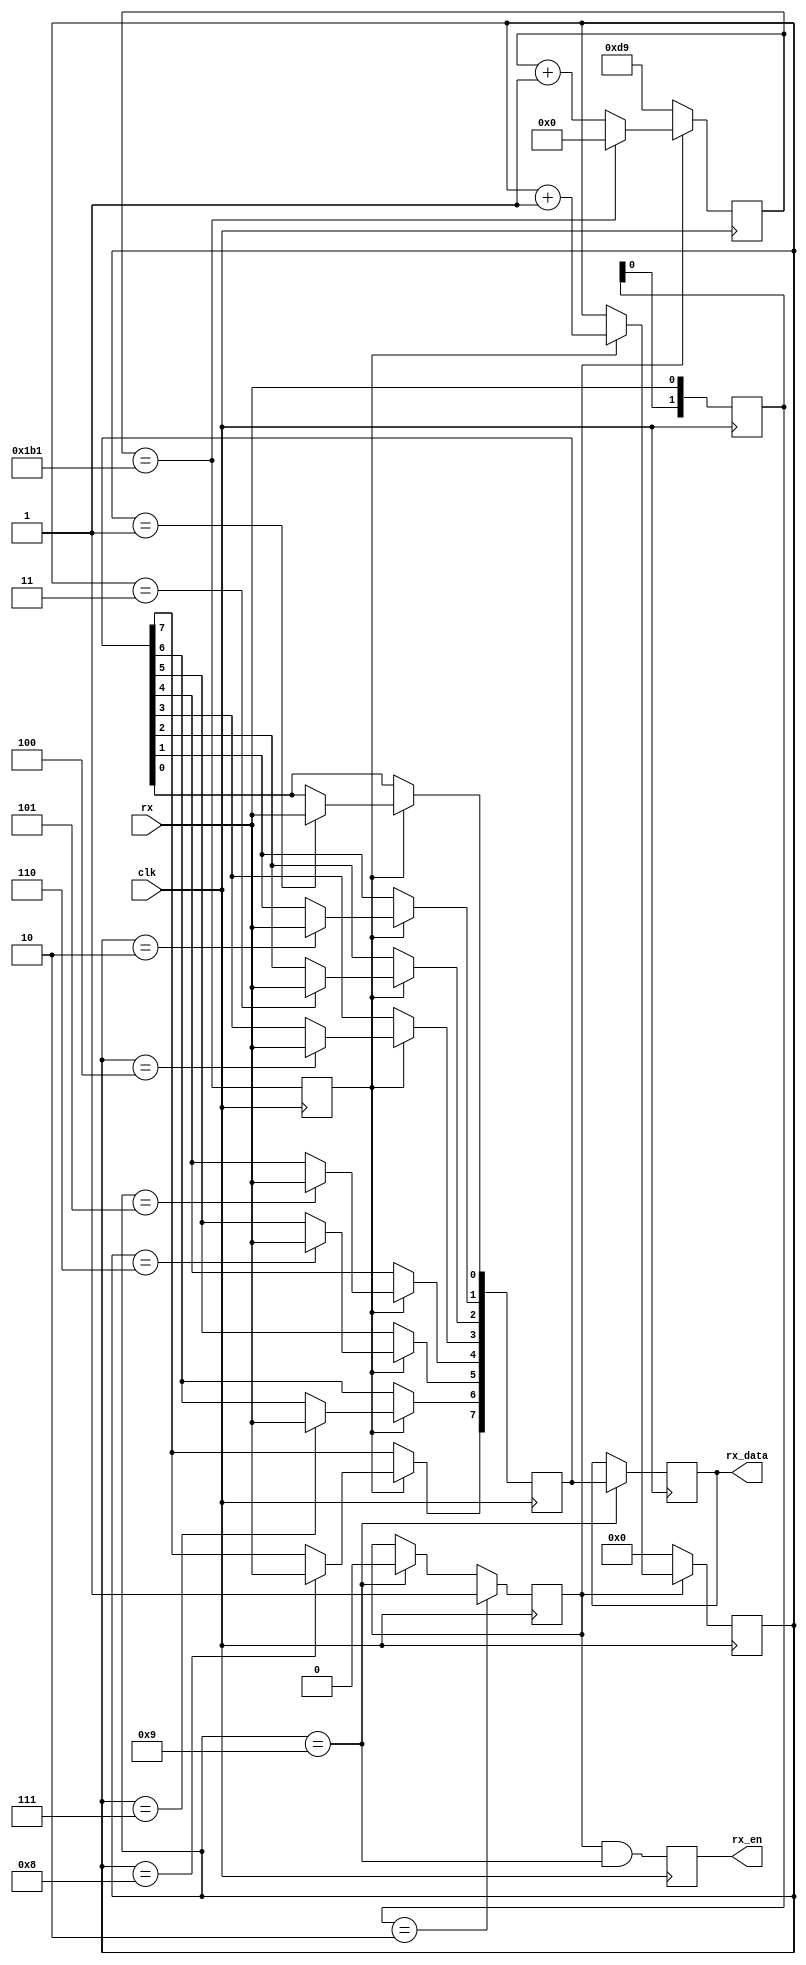
/*************************************************************************
* 
* 2019/06/10
* uart_rx.v 1bit,8bit,2bit.
* xqandwn@sina.com
**************************************************************************/

module uart_rx
#(
	parameter BAUDRATE = 115200,
	parameter CLK_RATE = 50000000
)
(
    input	wire		clk,
	
	// uart
    input	wire		rx,
	
	// data
    output  reg			rx_en,
    output  reg [7:0]	rx_data
);

reg start;
reg clk_en;
reg [3:0] cnt;
reg [7:0] data;
reg [1:0] rx_d;
reg [31:0] clk_cnt;

// 
always@(posedge clk)
begin
    rx_d <= {rx_d[0],rx};
end

// 
always@(posedge clk)
begin
    if(rx_d == 2'b10) // 
        start <= 1;
    else if(cnt == 9) // 
        start <= 0;
end

// 
always@(posedge clk)
begin
	if(!start)
		clk_cnt <= (CLK_RATE / (BAUDRATE*2)); // 
	else if(clk_cnt == CLK_RATE / BAUDRATE - 1)
		clk_cnt <= 0;
	else
		clk_cnt <= clk_cnt + 1;
end

// 
always@(posedge clk)
begin
	clk_en <= (clk_cnt == CLK_RATE / BAUDRATE - 1);
end

// 
always@(posedge clk)
begin
	if(!start)
        cnt <= 0;
	else if(clk_en)
        cnt <= cnt + 1;
end

// 
always@(posedge clk)
if(clk_en)
begin
    case(cnt)
        1: data[0] <= rx;
        2: data[1] <= rx;
        3: data[2] <= rx;
        4: data[3] <= rx;
        5: data[4] <= rx;
        6: data[5] <= rx;  
        7: data[6] <= rx;    
        8: data[7] <= rx;
    endcase   
end

// 
always@(posedge clk)
begin
    rx_en <= (start && cnt == 9);
end

// 
always@(posedge clk)
begin
    if(cnt == 9)
        rx_data <= data;
end

endmodule